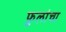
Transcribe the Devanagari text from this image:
फ़ुलांचा